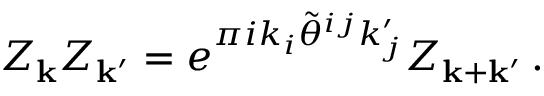
Z _ { { \bf k } } Z _ { { \bf k } ^ { \prime } } = e ^ { \pi i k _ { i } \tilde { \theta } ^ { i j } k _ { j } ^ { \prime } } Z _ { { \bf k } + { \bf k } ^ { \prime } } \, .